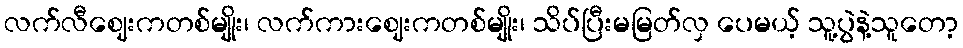
လက်လီဈေးကတစ်မျိုး၊ လက်ကားဈေးကတစ်မျိုး၊ သိပ်ပြီးမမြတ်လှ ပေမယ့် သူ့ပွဲနဲ့သူတော့